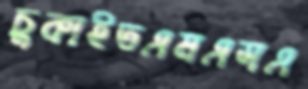
চুকাইতএমএসএ